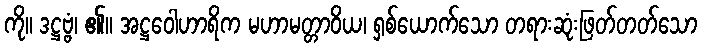
ကို။ ဒဋ္ဌဗ္ဗံ၊ ၏။ အဋ္ဌဝေါဟာရိက မဟာမတ္တာဝိယ၊ ရှစ်ယောက်သော တရားဆုံးဖြတ်တတ်သော